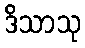
ဒိသာသု